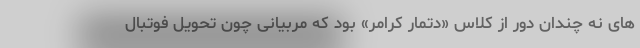
های نه چندان دور از کلاس «دتمار کرامر» بود که مربیانی چون تحویل فوتبال